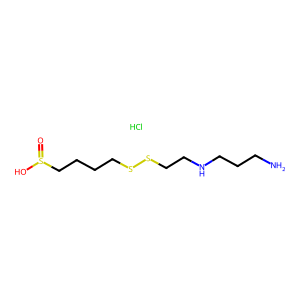
SMILES: Cl.NCCCNCCSSCCCCS(=O)O
Inhibits HIV replication: No